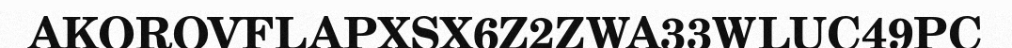
AKOROVFLAPXSX6Z2ZWA33WLUC49PC